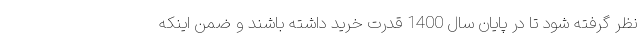
نظر گرفته شود تا در پایان سال 1400 قدرت خرید داشته باشند و ضمن اینکه